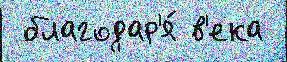
 благодар'я́ в'ека